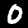
Label: 0